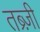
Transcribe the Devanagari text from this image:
तब्र्ज़ी